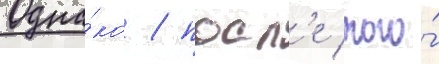
Одна́ко / посл'е того́